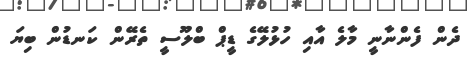
ދެން ފެންނާނީ މާލެ އާއި ހުޅުލޭގެ ޑީޕް ބްލޫސީ ތެރޭން ކަނޑުން ބިޔަ